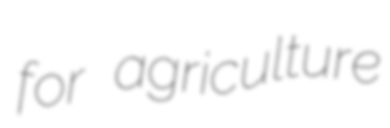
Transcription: for agriculture